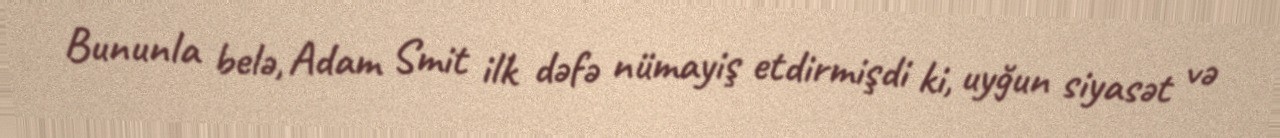
Bununla belə, Adam Smit ilk dəfə nümayiş etdirmişdi ki, uyğun siyasət və